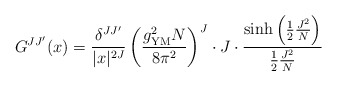
\begin{align*}G^{JJ'}(x)= \frac{\delta^{JJ'}}{|x|^{2J}}\left(\frac{g_{{\rm YM}}^2N}{8\pi^2}\right)^J \cdot J\cdot \frac{\sinh\left( \frac{1}{2}\frac{J^2}{N}\right) }{ \frac{1}{2}\frac{J^2}{N} }\end{align*}